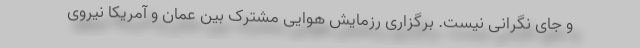
و جای نگرانی نیست. برگزاری رزمایش هوایی مشترک بین عمان و آمریکا نیروی